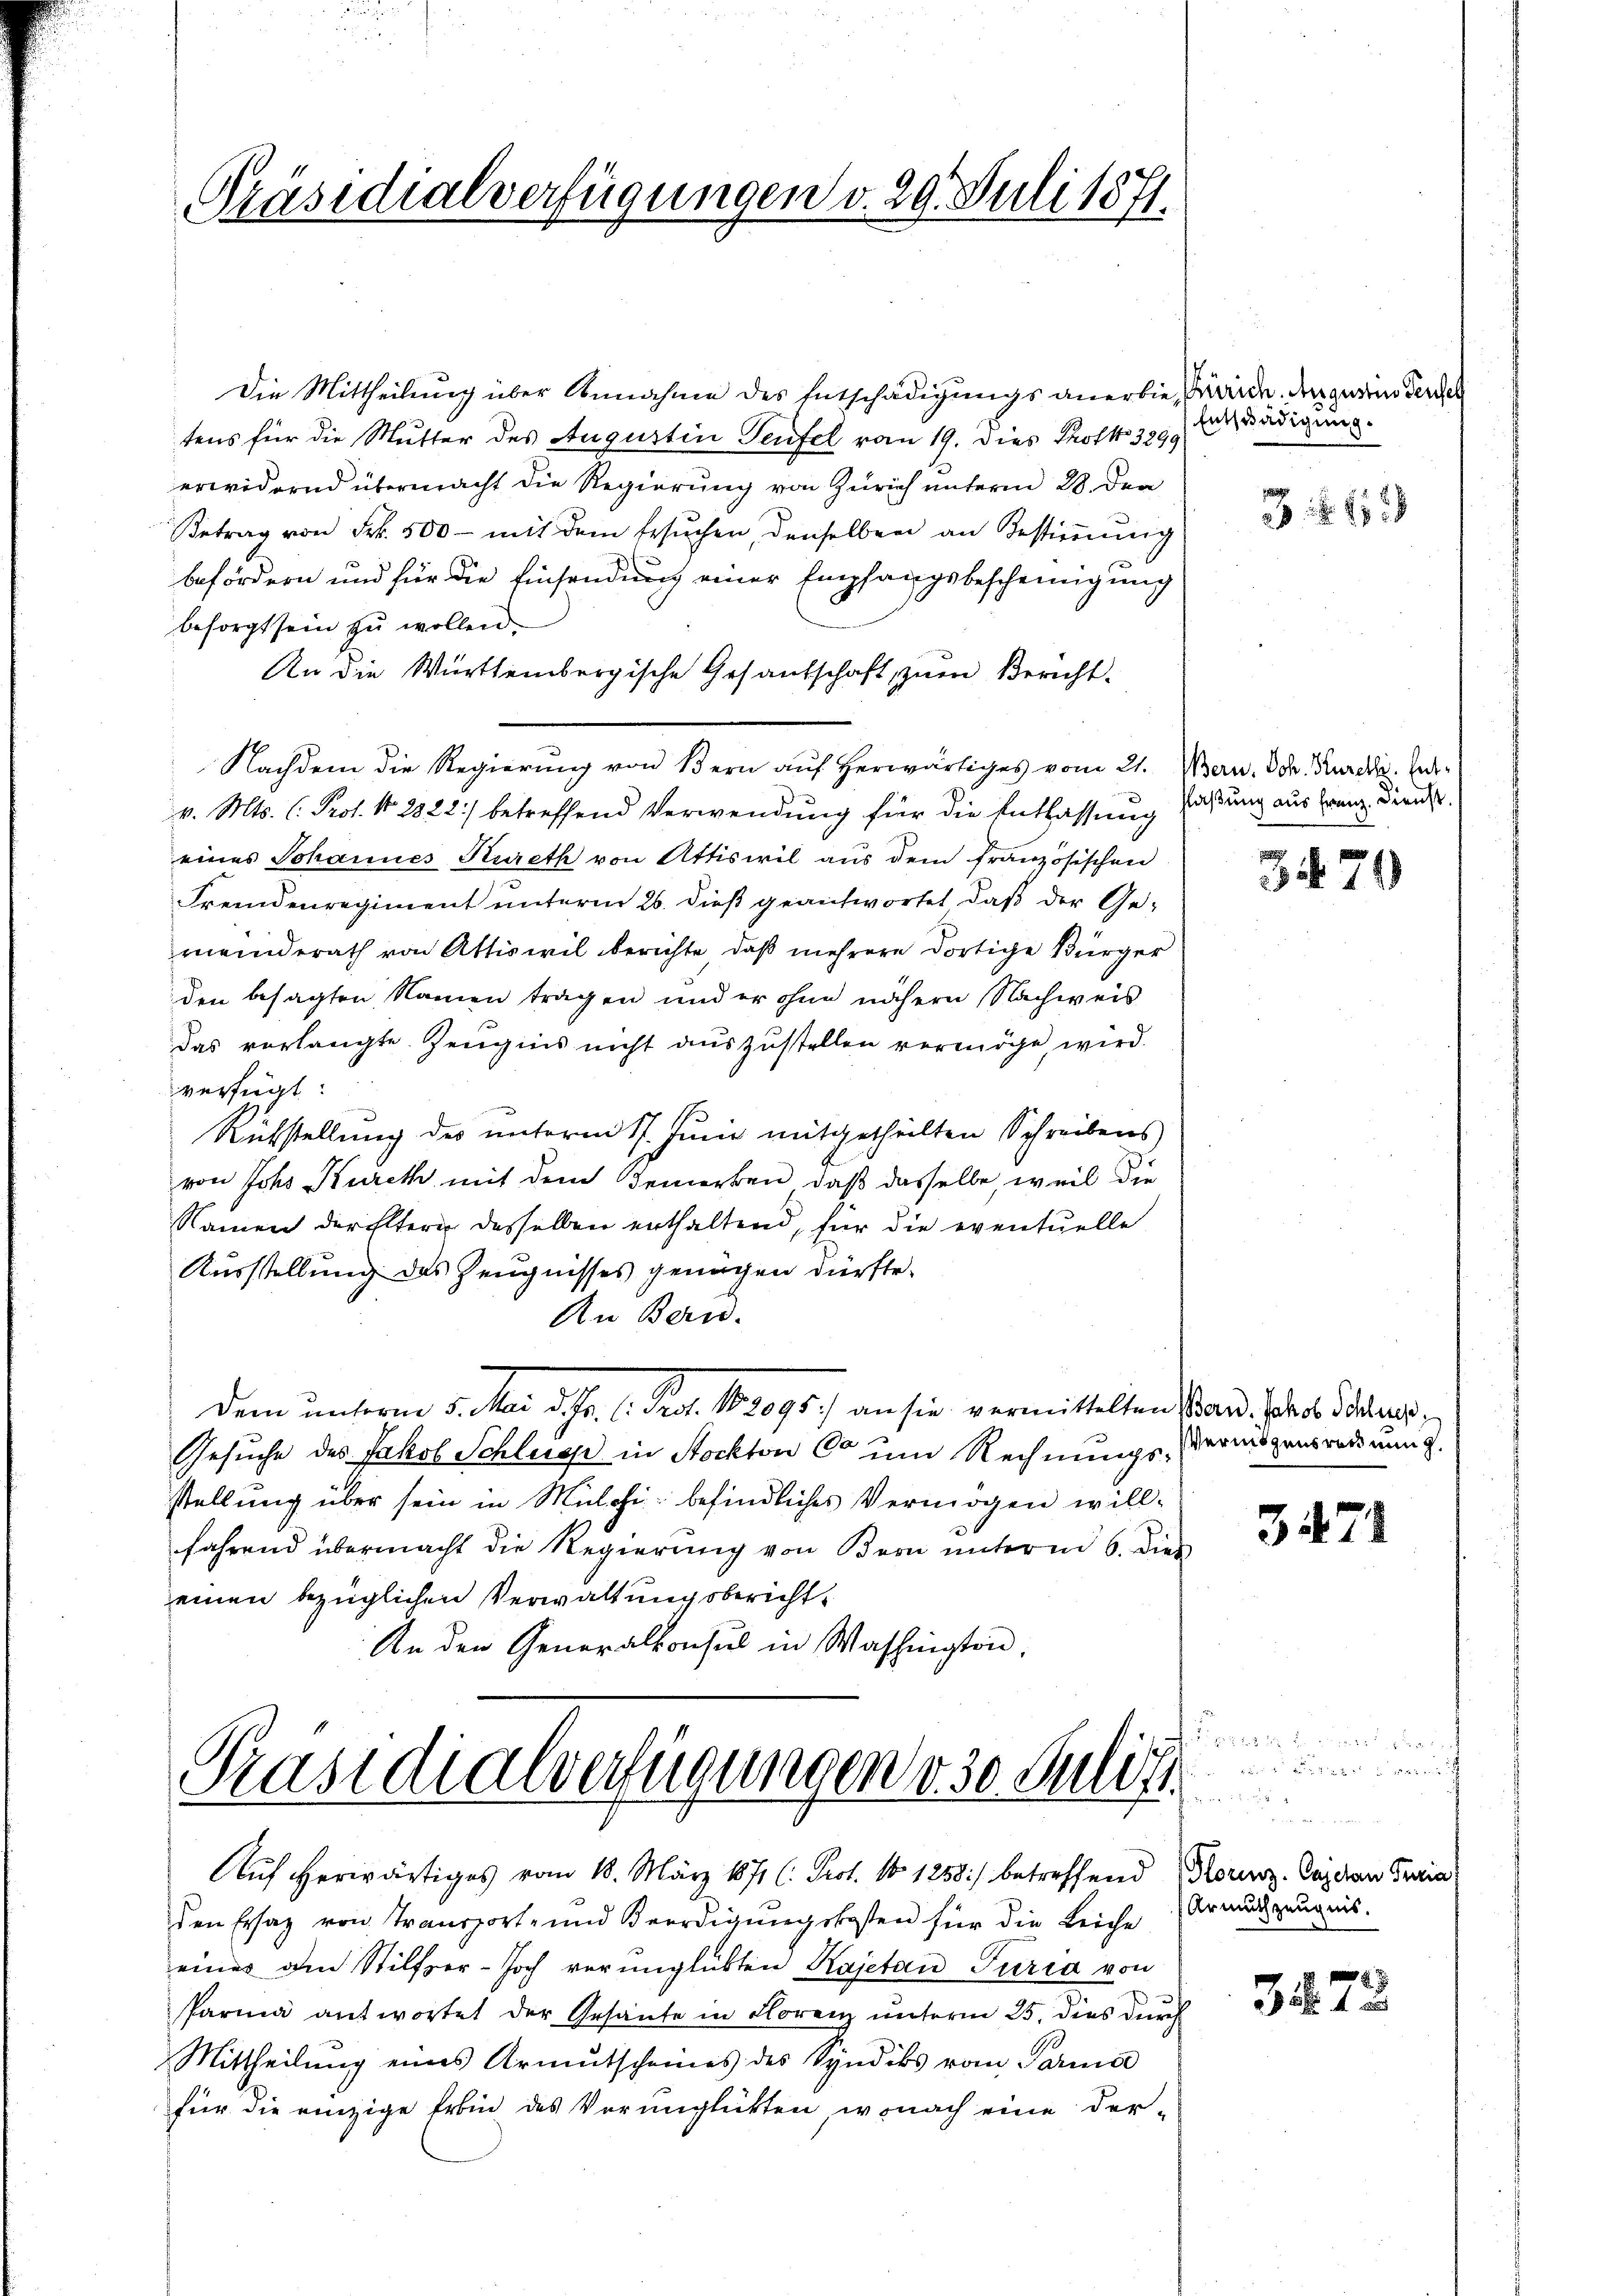
Präsidialverfügungen v. 29. Juli 1871.

Die Mittheilung über Annahme des Entschädigungs anerbie, Waide, den gerein Tenden
tens für die Mutter des Augustin Teufel vom 19. Dies Protko 3299
erwidernd übermacht die Regierung von Zürich unterm 28. den
Betrag von Frk. 500 - mit dem Ersuchen, denselben an Bestimmung
befördern und für die Einsendung einer Empfangsbescheinigung
besorgt sein zu wollen.
An die Württembergische Gesantschaft zum Bericht-
Nachdem die Regierung von Bern auf herwärtiges vom 21. Bern. Joh. Kurck. Herv. Mts. C. Prof. No. 2822) betreffend Verwendung für die Entlassung
eines Johannes Kureth von Attiswil aus dem französischen
Fremdenregiment unterm 26. dieß geantwortet, daß der Ge-
meinderath von Attiswil berichte, daß mehrere dortige Bürger
den besagten Namen tragen und er ohne nähern Nachweis
das verlangte Zeugnis nicht auszustellen vermöge, wird.
verfügt:
e
Rükstellung des unterm 17. Juni mitgetheilten Schreibens
von Johs Kurck mit dem Bemerken, daß dasselbe, weil die
Namen der Eltern desselben enthaltend, für die eventuelle
Ausstellung des Zeugnisses genügen dürfte.
An Bern.
Dem unterm 5. Mai d. J. 1. Pro. 189095. an sie vermittelten Band, Jakob Schluss,
Gesuche des Jakob Schluss in Stocktor Co um Rechnungs-Vermögensredung.
stellung über sein in Milchi befindliches Vermögen willfährend übermacht die Regierung von Bern ŭnterm 6. dies
einen bezüglichen Verwaltungsbericht¬
An den Generalkonsul in Washington,

Präsidialverfügungen d. 30. Juli

Auf erwärtiges vom 18. März 1871 l. Prot. No 1258) betreffend Koruz-Cajdan Ferier

den Ersatz von Transport- und Beerdigŭngskosten für die Leiche
eines am Stilfer-Joch verunglükten Kajetan Turia von
Parma antwortet der Gesante in Florenz unterm 25. dies durch
Mittheilung eines Armutscheines des Syndiks vom Parma
für die einzige Erbin des Verunglükten, wonach eine der-

Entschädigung.

324

flaßung aus Franz. Dienst.

371

3471

Armuthzeugnis.

3272